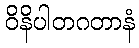
ဝိနိပါတဂတာနံ